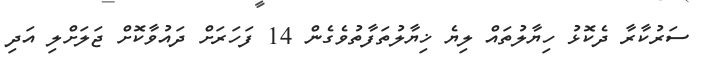
ސަރުކާރާ ދެކޮޅު ހިޔާލުތައް ލިޔެ ޚިޔާލުތަފާތުވެގެން 14 ފަހަރަށް ދައުވާކޮށް ޖަލަށްލި އަދި